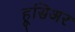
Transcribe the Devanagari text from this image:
हूसिअर